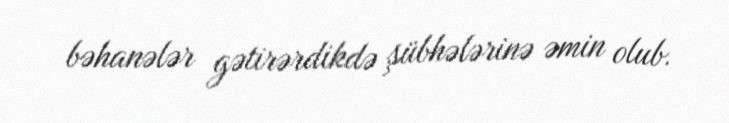
bəhanələr gətirərdikdə şübhələrinə əmin olub.